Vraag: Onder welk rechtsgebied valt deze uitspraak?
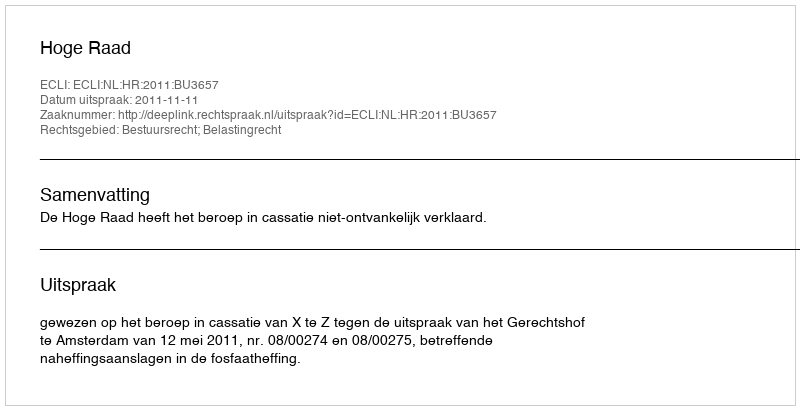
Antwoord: Bestuursrecht; Belastingrecht